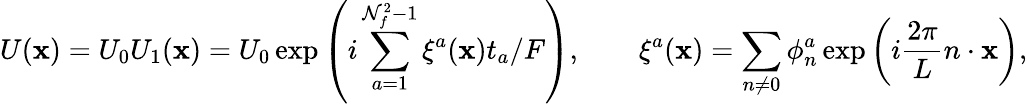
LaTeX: U(\mathbf{x})=U_{0}U_{1}(\mathbf{x})=U_{0}\exp\left(i\sum_{a=1}^{\mathcal{N}_{f}^{2}-1}\xi^{a}(\mathbf{x})t_{a}/F\right),\qquad\xi^{a}(\mathbf{x})=\sum_{n\neq0}\phi_{n}^{a}\exp\left(i\frac{{2\pi}}{{L}}n\cdot\mathbf{x}\right),